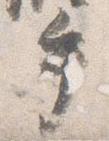
手